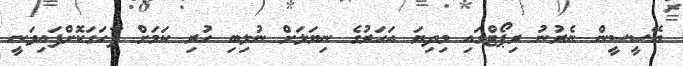
އޭސީސީން ނެރުނު ރިޕޯޓްގައި މިދިޔަ އަހަރުގެ ނިޔަލަށް ނުލިބި ހުރި ކަމަށް ފާހަގަކޮށްފައިވަނީ